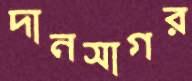
দানসাগর